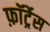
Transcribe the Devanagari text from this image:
फ़ॉर्ट्रेस